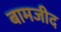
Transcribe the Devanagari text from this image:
बामजीद